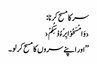
سر کا مسح کرنا:
‹وَامْسَحُوْا بِرُءُوْسِکُمْ›
’’اور اپنے سروں کا مسح کر لو۔